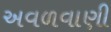
અવળવાણી